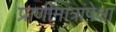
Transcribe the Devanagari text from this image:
प्राणीमात्रांपेक्षा